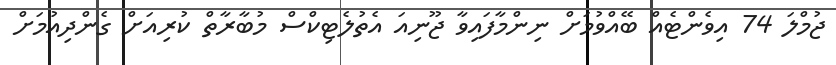
ޖުމްލަ 74 އިވެންޓެއް ބޭއްވުމަށް ނިންމާފައިވާ ޖޫނިއަ އެތުލެޓިކްސް މުބާރާތް ކުރިއަށް ގެންދިއުމަށް